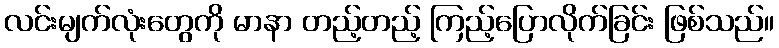
လင်းမျက်လုံးတွေကို မာနာ တည့်တည့် ကြည့်ပြောလိုက်ခြင်း ဖြစ်သည်။